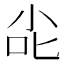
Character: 㕾